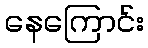
နေကြောင်း